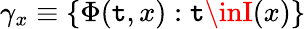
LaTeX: \gamma_{x}\equiv\{ \Phi(\mathtt{t},x):\mathtt{t}\inI(x)\}